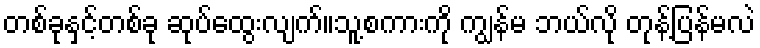
တစ်ခုနှင့်တစ်ခု ဆုပ်ထွေးလျက်။သူ့စကားကို ကျွန်မ ဘယ်လို တုန့်ပြန်မလဲ